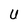
Character: U